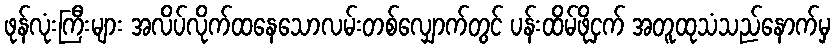
ဖုန်လုံးကြီးများ အလိပ်လိုက်ထနေသောလမ်းတစ်လျှောက်တွင် ပန်းထိမ်ဖိုငှက် အတူထုသံသည်နောက်မှ